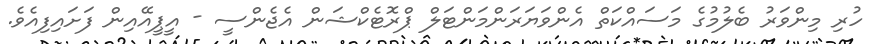
ހުރި މިންވަރު ބެލުމުގެ މަސައްކަތް އެންވަޔަރަންމަންޓަލް ޕްރޮޓެކްޝަން އެޖެންސީ - އީޕީއޭއިން ފަށައިފިއެވެ.